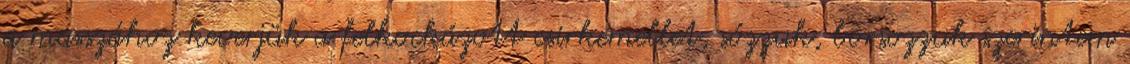
a masszához keverjük a felkockázott csirkemellet, sózzuk, borsozzuk szerintem